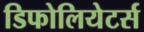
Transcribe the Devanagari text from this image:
डिफोलियेटर्स